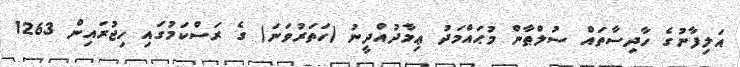
އަލިފާނުގެ ހާދިސާތައް ސުލްޠާން މުޙައްމަދު ޢިމާދުއްދީނު (ހަތަރުވަނަ) ގެ ރަސްކަމުގައި ހިޖުރައިން 1263